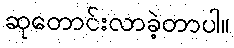
ဆုတောင်းလာခဲ့တာပါ။